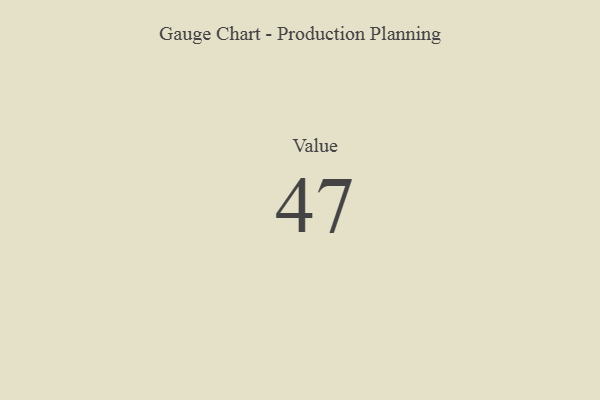
{"axis": {"x": "Metric", "y": "Value"}, "legend": [""], "data": [{"x": "Value", "y": 47, "type": ""}]}